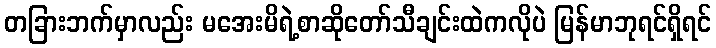
တခြားဘက်မှာလည်း မအေးမိရဲ့စာဆိုတော်သီချင်းထဲကလိုပဲ မြန်မာဘုရင်ရှိရင်